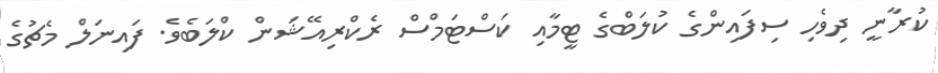
ކުރާނީ ދިވެހި ސިފައިންގެ ކުލަބްގެ ޓީމާއި ކަސްޓަމްސް ރެކްރިއޭޝަން ކްލަބެވެ. ފައިނަލް މެޗުގެ